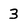
Character: 3